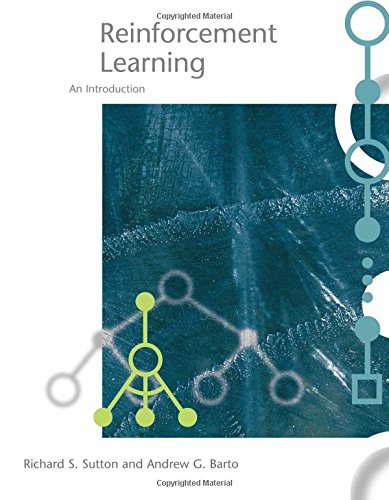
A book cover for Reinforcement Learning: An Introduction (Adaptive Computation and Machine Learning); Richard S. Sutton; Computers & Technology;